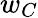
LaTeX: w_{C}